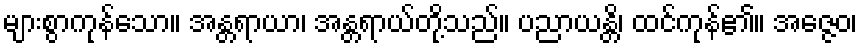
များစွာကုန်သော။ အန္တရာယာ၊ အန္တရာယ်တို့သည်။ ပညာယန္တိ၊ ထင်ကုန်၏။ အဇ္ဇေဝ၊